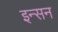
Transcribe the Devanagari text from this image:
इन्सन